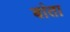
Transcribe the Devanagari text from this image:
बांता